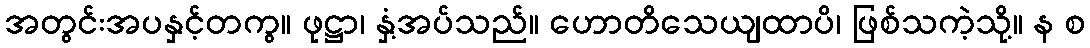
အတွင်းအပနှင့်တကွ။ ဖုဋ္ဌာ၊ နှံ့အပ်သည်။ ဟောတိသေယျထာပိ၊ ဖြစ်သကဲ့သို့။ န စ